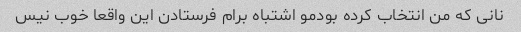
نانی که من انتخاب کرده بودمو اشتباه برام فرستادن این واقعا خوب نیس